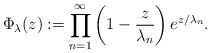
\begin{align*}\Phi_{\lambda}(z):=\prod_{n=1}^{\infty}\left(1-\frac{z}{\lambda_{n}}\right)e^{z/\lambda_{n}}.\end{align*}